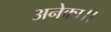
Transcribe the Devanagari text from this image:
अनेका।।